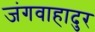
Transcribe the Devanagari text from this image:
जंगवाहादुर